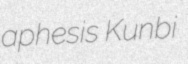
aphesis Kunbi